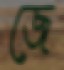
জে